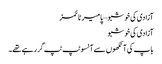
آزادی کی خوشبو – پامیر ٹائمز
آزادی کی خوشبو
باپ کی آنکھوں سے آنسو ٹپ ٹپ گر رہے تھے۔